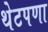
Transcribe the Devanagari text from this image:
थेटपणा